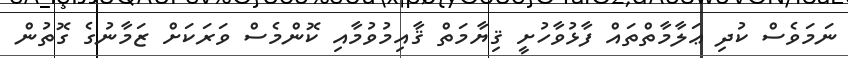
ނަމަވެސް ކުދި ޢަލާމާތްތައް ފާޅުވާހުށީ ޤިޔާމަތް ޤާއިމުވުމާއި ކޮންމެސް ވަރަކަށް ޒަމާނުގެ ގޮތުން